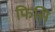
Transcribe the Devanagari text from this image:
फिसि